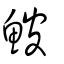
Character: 鮍